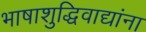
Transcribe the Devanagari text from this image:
भाषाशुद्धिवाद्यांना